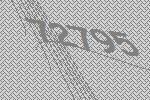
72795